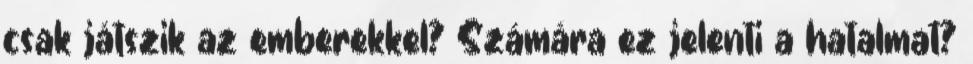
csak játszik az emberekkel? Számára ez jelenti a hatalmat?